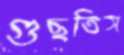
গুছতিস